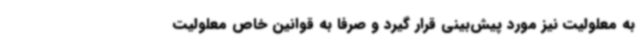
به معلولیت نیز مورد پیش‌بینی قرار گیرد و صرفا به قوانین خاص معلولیت